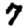
Digit: 7